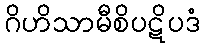
ဂိဟိသာမီစိပဋိပဒံ